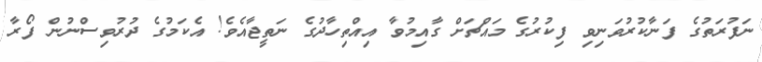
ނަފުރަތުގެ ފަނާކުރުވަނިވި ފިކުރުގެ މައްޗަށް ގާއިމުވާ އިއްތިހާދުގެ ނަތީޖާއެވެ! އެކަމުގެ ދުރުވިސްނުން ފޯރާ